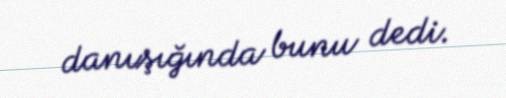
danışığında bunu dedi.